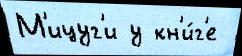
М'ицуг'и у кн'и́г'е